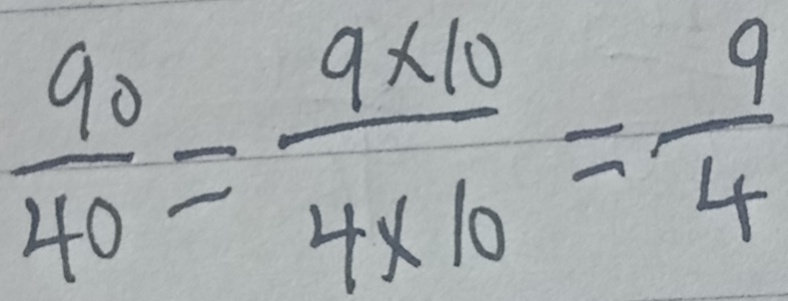
\frac { 9 0 } { 4 0 } = \frac { 9 \times 1 0 } { 4 \times 1 0 } = \frac { 9 } { 4 }